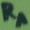
Text: RA